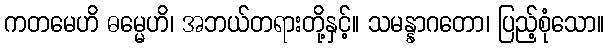
ကတမေဟိ ဓမ္မေဟိ၊ အဘယ်တရားတို့နှင့်။ သမန္နာဂတော၊ ပြည့်စုံသော။